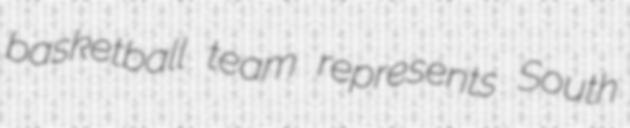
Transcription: basketball team represents South